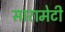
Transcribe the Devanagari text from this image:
सारामेटी